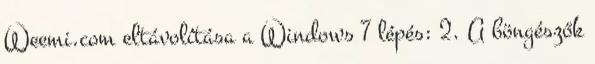
Weemi.com eltávolítása a Windows 7 lépés: 2. A böngészők